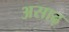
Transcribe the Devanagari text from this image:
असाढ़